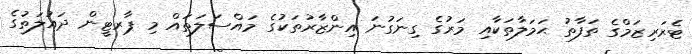
ޓެރަރިޒަމްގެ ތަފާތު ޙަމަލާތަކާއި މަރުގެ ގިނަގުނަ އިންޒާރުތަކުގެ މައްސަލަތައް މި ޕާރޓީން ދައުލަތުގެ